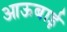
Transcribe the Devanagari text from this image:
आऊबाई